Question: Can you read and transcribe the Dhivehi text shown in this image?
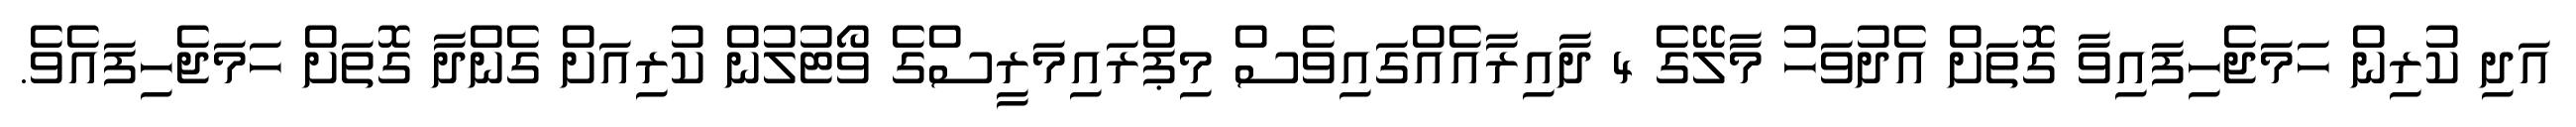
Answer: އަދި ކުރިން ހަމަޖެހިފައިވާ ގޮތަށް އެދުވަހު މާލޭގެ 4 ދާއިރާއެއްގައިވެސް މިޕްރައިމަރީސްގެ ވޯޓުލުން ކުރިއަށް ގެންދާ ގޮތަށް ހަމަޖެހިފައެވެ.